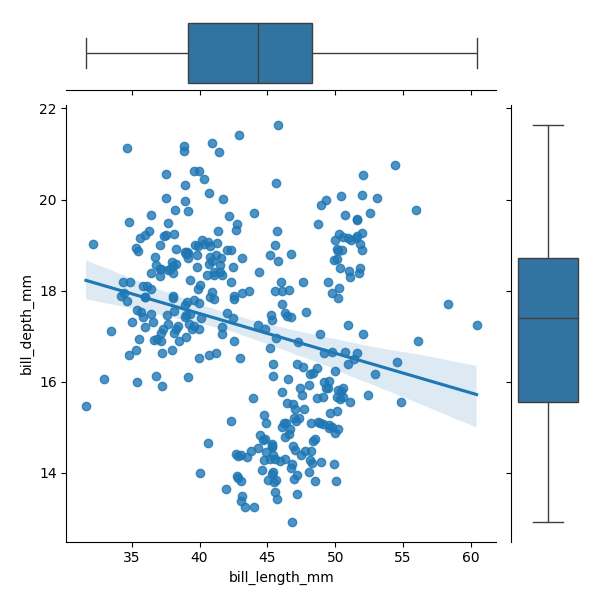
python, seaborn, JointGrid, regplot, boxplot